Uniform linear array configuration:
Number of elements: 24
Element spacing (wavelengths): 0.5
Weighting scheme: hamming
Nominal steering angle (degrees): -45
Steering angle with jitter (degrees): -44.422
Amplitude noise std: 0.05
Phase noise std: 0.05

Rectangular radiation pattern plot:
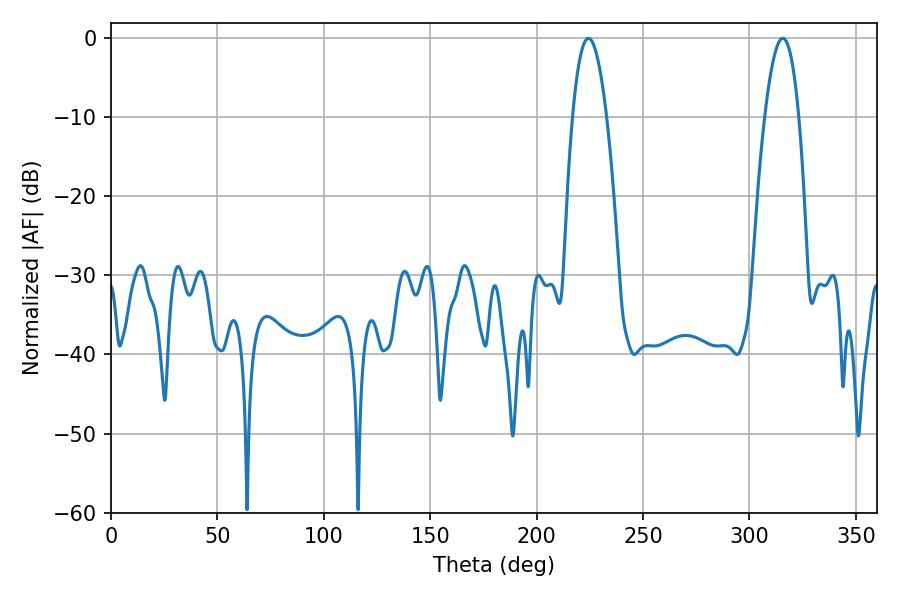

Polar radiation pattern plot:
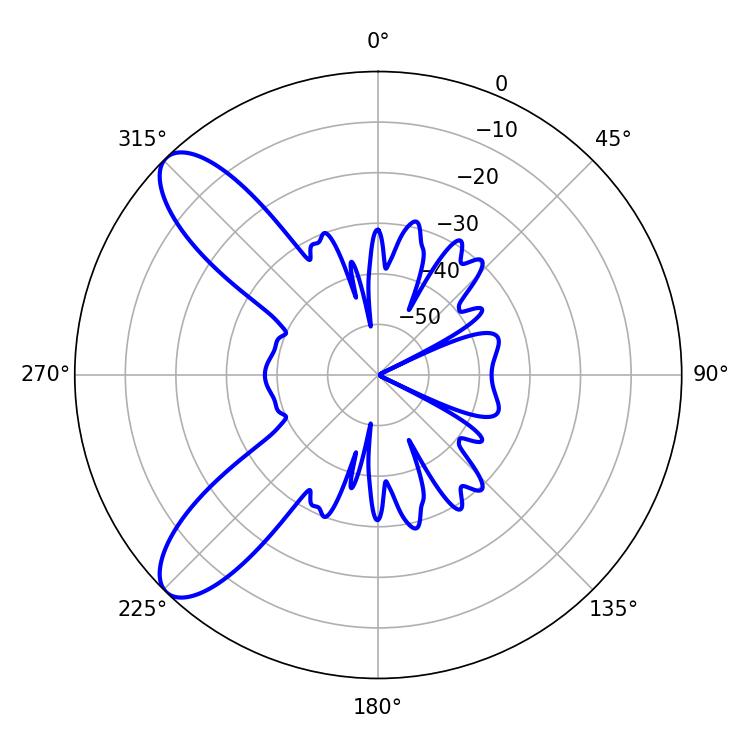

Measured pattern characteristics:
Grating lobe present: FALSE
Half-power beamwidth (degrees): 8.82
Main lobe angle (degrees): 224.28